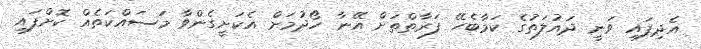
އެދިފައި ވަނީ ދައުލަތުގެ ކަމާބެހޭ ފަރާތްތަށް އޭނާ ހޯދުމަށް އެކަށީގެންވާ މަސައްކަތެއް ކޮށްފައި